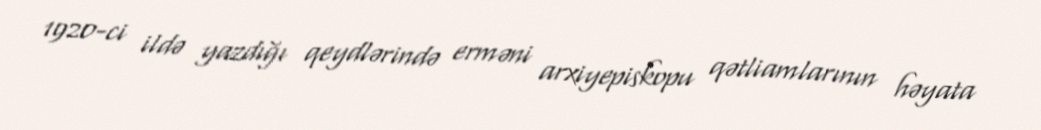
1920-ci ildə yazdığı qeydlərində erməni arxiyepiskopu qətliamlarının həyata